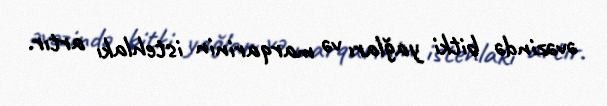
əvəzində bitki yağları və marqarinin istehlakı artır.